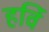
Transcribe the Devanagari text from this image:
हर्वि